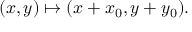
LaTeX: ( x , y ) \mapsto ( x + x _ { 0 } , y + y _ { 0 } ) .